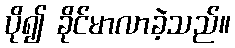
ပို၍ ခိုင်မာလာခဲ့သည်။